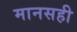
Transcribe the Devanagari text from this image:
मानसही